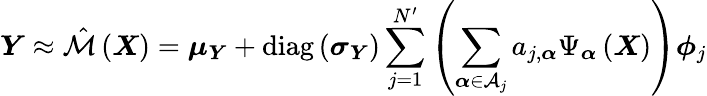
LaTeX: \boldsymbol{Y}\approx\hat{\mathcal{M}}\left(\boldsymbol{X}\right)=\boldsymbol{\mu_{\boldsymbol{Y}}}+\operatorname{diag}\left(\boldsymbol{\sigma_{\boldsymbol{Y}}}\right)\sum_{j=1}^{N^{\prime}}\left(\sum_{\boldsymbol{\alpha}\in\mathcal{A}_{j}}a_{j,\boldsymbol{\alpha}}\Psi_{\boldsymbol{\alpha}}\left(\boldsymbol{X}\right)\right)\boldsymbol{\phi}_{j}